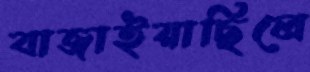
বাজাইয়াছিলে